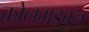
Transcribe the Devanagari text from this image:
कोलमडवून